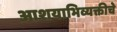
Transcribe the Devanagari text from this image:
आशयाभिव्यक्तीचे